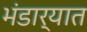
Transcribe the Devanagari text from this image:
भंडार्‍यात